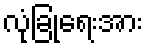
လုံခြုံရေးအား